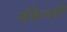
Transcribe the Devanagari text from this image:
बँकेतही